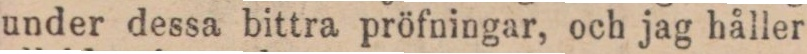
under dessa bittra pröfningar, och jag håller